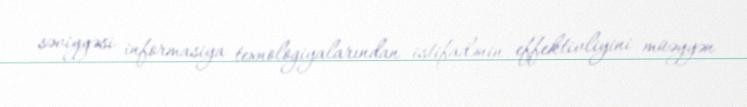
səviyyəsi informasiya texnologiyalarından istifadənin effektivliyini müəyyən